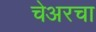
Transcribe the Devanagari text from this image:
चेअरचा